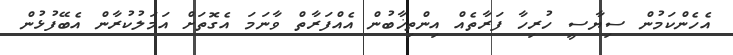
އެހެންކަމުން ސިޔާސީ ހުރިހާ ފަރާތެއް އިންތިޚާބުން އެއްފަރާތް ވާނަމަ އެގޮތަށް އަމަލުކުރާން އެބޭފުޅުން